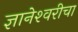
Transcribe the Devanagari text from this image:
ज्ञानेश्‍वरीचा